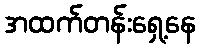
အထက်တန်းရှေ့နေ